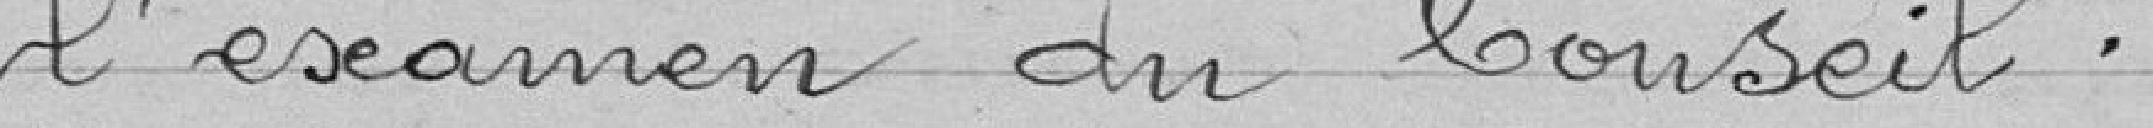
l'examen du Conseil